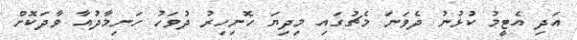
އަދި އެޓީމު ކުޅުނު ދެވަނަ މެޗުގައި މިދިޔަ ހޮނިހިރު ދުވަހު ހަނިމާދުއާ ވާދަކޮށް